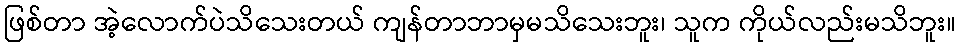
ဖြစ်တာ အဲ့လောက်ပဲသိသေးတယ် ကျန်တာဘာမှမသိသေးဘူး၊ သူက ကိုယ်လည်းမသိဘူး။